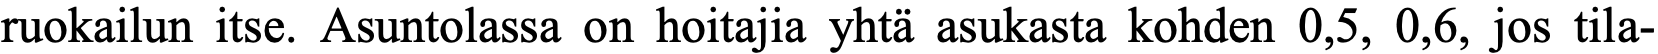
ruokailun itse. Asuntolassa on hoitajia yhtä asukasta kohden 0,5, 0,6, jos tila-